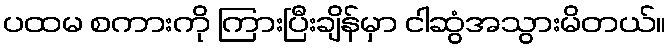
ပထမ စကားကို ကြားပြီးချိန်မှာ ငါဆွံအသွားမိတယ်။